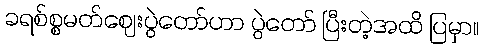
ခရစ်စ္စမတ်ဈေးပွဲတော်ဟာ ပွဲတော် ပြီးတဲ့အထိ ပြမှာ။